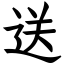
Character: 送